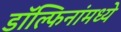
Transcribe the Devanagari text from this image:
डॉल्फिनांमध्ये